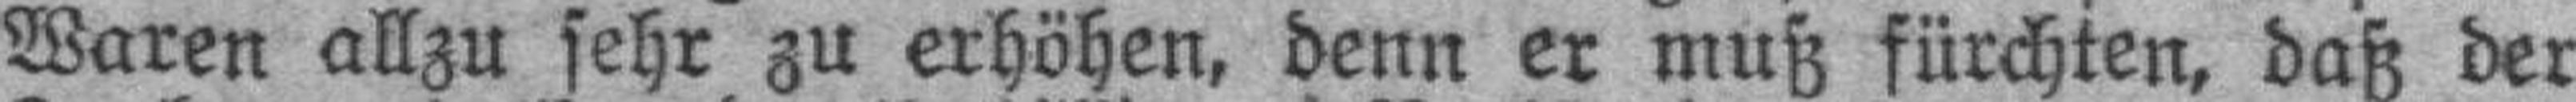
Waren allzu sehr zu erhöhen, denn er muß fürchten, daß der